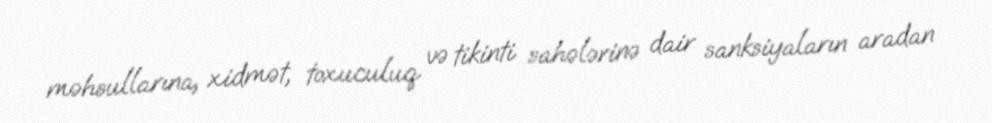
məhsullarına, xidmət, toxuculuq və tikinti sahələrinə dair sanksiyaların aradan